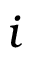
i